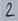
Text: 2